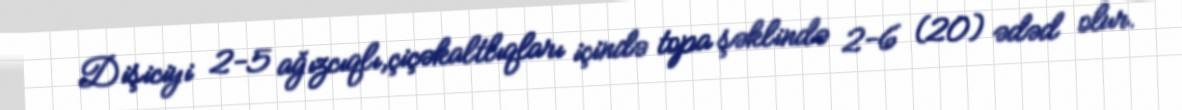
Dişiciyi 2-5 ağızcıqlı,çiçəkaltlıqları içində topa şəklində 2-6 (20) ədəd olur.